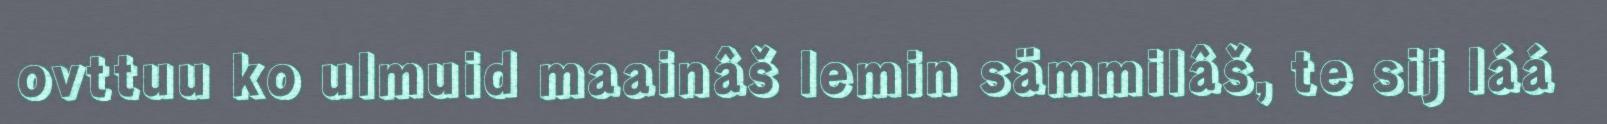
ovttuu ko ulmuid maainâš lemin sämmilâš, te sij láá